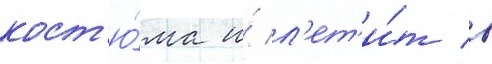
кост'ю́ма и́ л'ет'и́т в